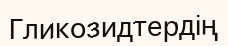
Гликозидтердің